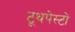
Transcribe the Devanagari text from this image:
टूथपेस्टों